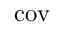
\textstyle \operatorname { c o v }